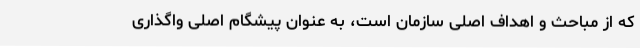
که از مباحث و اهداف اصلی سازمان است، به عنوان پیشگام اصلی واگذاری